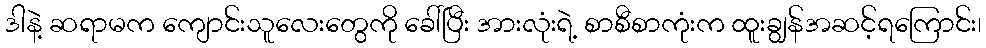
ဒါနဲ့ ဆရာမက ကျောင်းသူလေးတွေကို ခေါ်ပြီး အားလုံးရဲ့ စာစီစာကုံးက ထူးချွန်အဆင့်ရကြောင်း၊